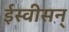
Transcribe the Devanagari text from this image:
ईस्वीसन्